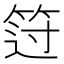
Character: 𰩻